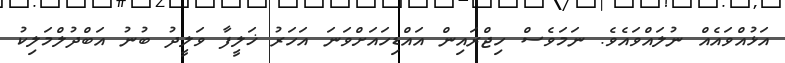
އަޅުއްވައެއް ނުލައްވައެވެ. ނަމަވެސް ހިޖްރައިން އައްޑިހައަށްވަނަ އަހަރު ޚަލީފާ ވަލީދު ބުނު އަބްދުލްމަލިކު